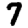
Digit: 7